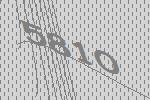
5810